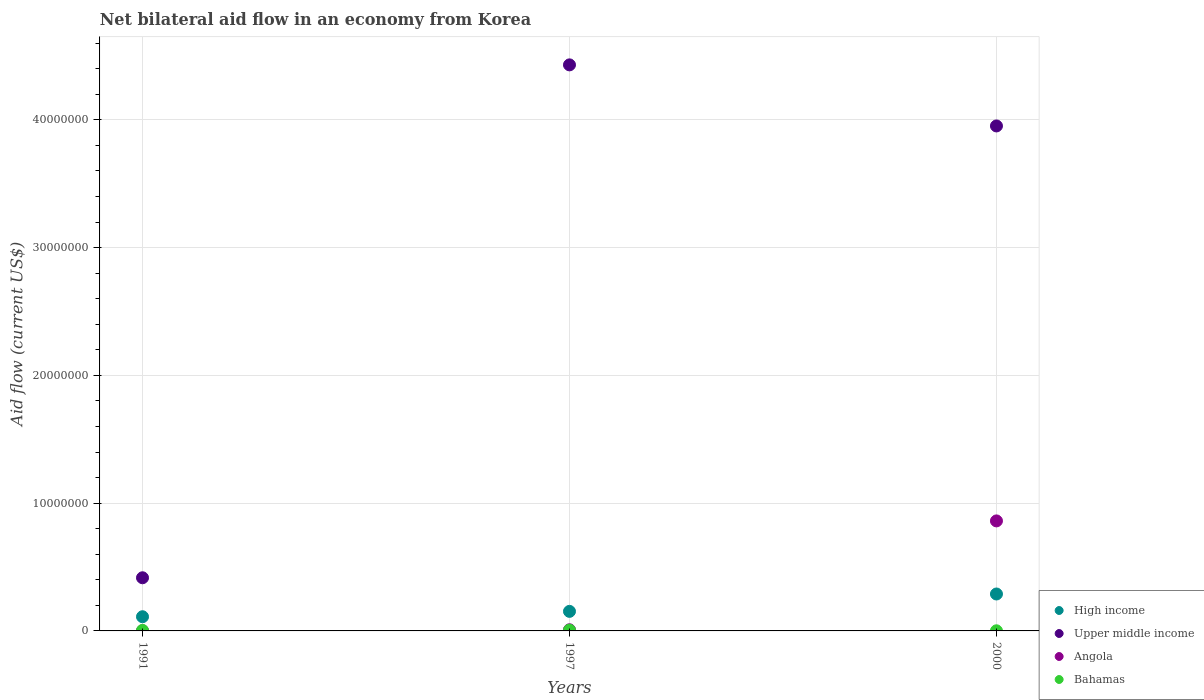
| Years | High income | Upper middle income | Angola | Bahamas |
 | --- | --- | --- | --- | --- |
 | 1991 | 1.11e+06 | 4.16e+06 | 1e+04 | 4e+04 |
 | 1997 | 1.53e+06 | 4.43e+07 | 9e+04 | 6e+04 |
 | 2000 | 2.89e+06 | 3.95e+07 | 8.61e+06 | 1e+04 |